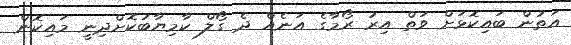
އަތުން ބައިކޮޅަށް ވަތް އިރު ރޯމާގެ އަނެއް ދެ ގޯލް ކާމިޔާބުކޮށްދިނީ މައިކޮން